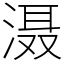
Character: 滠